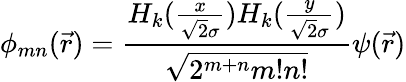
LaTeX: \phi_{mn}(\vec{r})=\frac{H_{k}(\frac{x}{\sqrt{2}\sigma})H_{k}(\frac{y}{\sqrt{2}\sigma})}{\sqrt{2^{m+n}m!n!}}\psi(\vec{r})